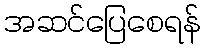
အဆင်ပြေစေရန်